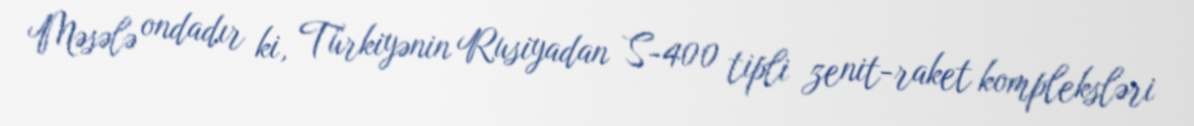
Məsələ ondadır ki, Türkiyənin Rusiyadan S-400 tipli zenit-raket kompleksləri